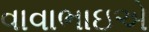
વાવાભાઇએ